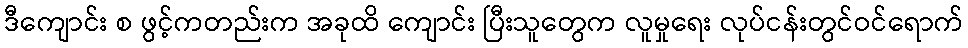
ဒီကျောင်း စ ဖွင့်ကတည်းက အခုထိ ကျောင်း ပြီးသူတွေက လူမှုရေး လုပ်ငန်းတွင်ဝင်ရောက်